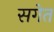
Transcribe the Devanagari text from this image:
सगेत